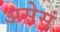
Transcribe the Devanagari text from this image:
असेसं